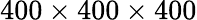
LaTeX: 400\times 400\times 400